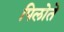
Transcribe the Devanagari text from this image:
पिलोते